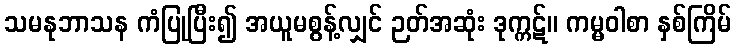
သမနုဘာသန ကံပြုပြီး၍ အယူမစွန့်လျှင် ဉတ်အဆုံး ဒုက္ကဋ်။ ကမ္မဝါစာ နှစ်ကြိမ်